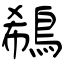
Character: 鵗